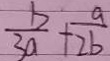
\frac { b } { 3 a } + \frac { a } { 2 b }